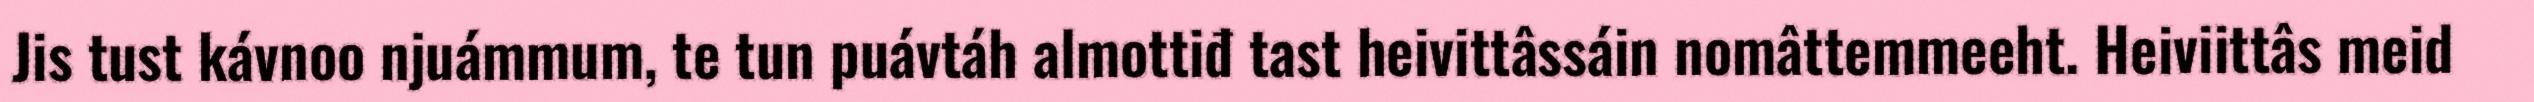
Jis tust kávnoo njuámmum, te tun puávtáh almottiđ tast heivittâssáin nomâttemmeeht. Heiviittâs meid